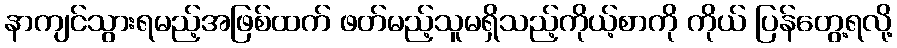
နာကျင်သွားရမည့်အဖြစ်ထက် ဖတ်မည့်သူမရှိသည့်ကိုယ့်စာကို ကိုယ် ပြန်တွေ့ရလို့